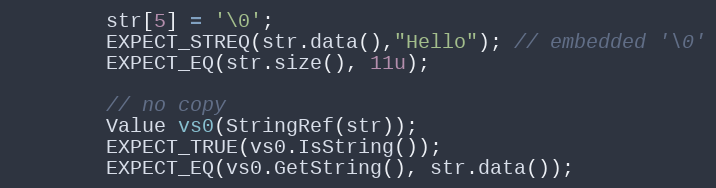
Language: C++
        str[5] = '\0';
        EXPECT_STREQ(str.data(),"Hello"); // embedded '\0'
        EXPECT_EQ(str.size(), 11u);

        // no copy
        Value vs0(StringRef(str));
        EXPECT_TRUE(vs0.IsString());
        EXPECT_EQ(vs0.GetString(), str.data());